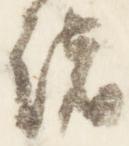
緒